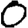
Digit: 0